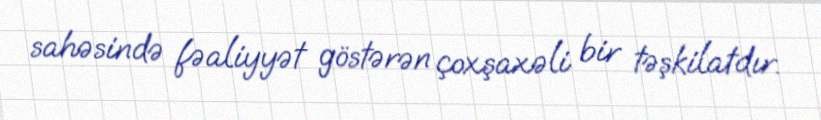
sahəsində fəaliyyət göstərən çoxşaxəli bir təşkilatdır.